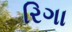
રિગા